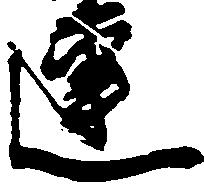
連